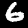
Digit: 6